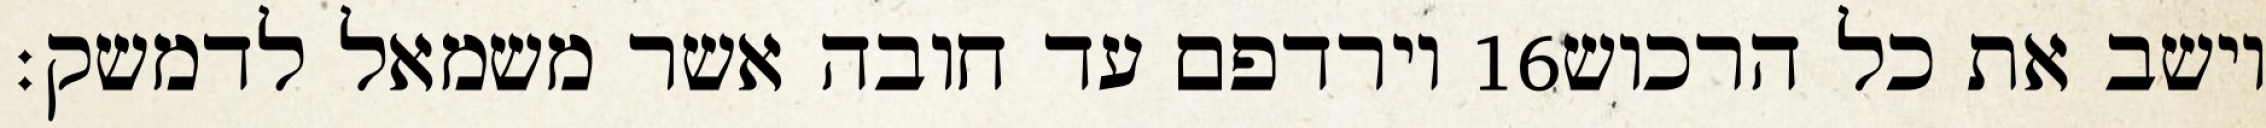
וירדפם עד חובה אשר משמאל לדמשק׃ ‎16‏ וישב את כל הרכוש